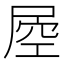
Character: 𡲀